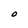
Character: O